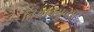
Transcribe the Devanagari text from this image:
विश्वावसूच्या